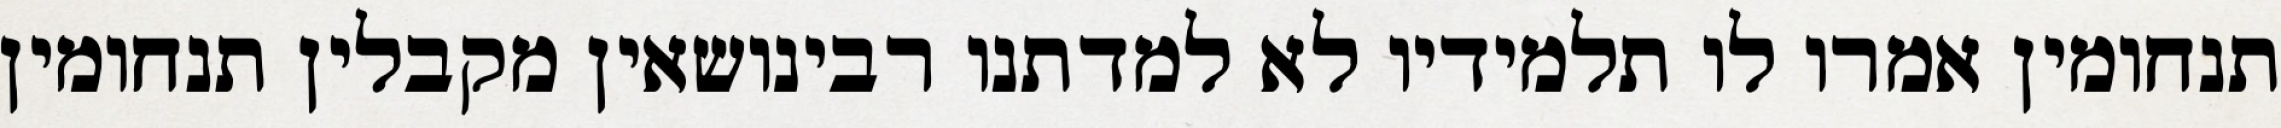
תנחומין אמרו לו תלמידיו לא למדתנו רבינושאין מקבלין תנחומין